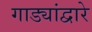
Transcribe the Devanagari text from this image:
गाड्यांद्वारे